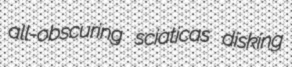
all-obscuring sciaticas disking